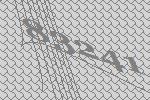
83241